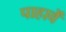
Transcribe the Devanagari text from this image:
पाहावें